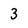
Character: 3